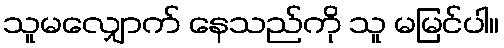
သူမလျှောက် နေသည်ကို သူ မမြင်ပါ။